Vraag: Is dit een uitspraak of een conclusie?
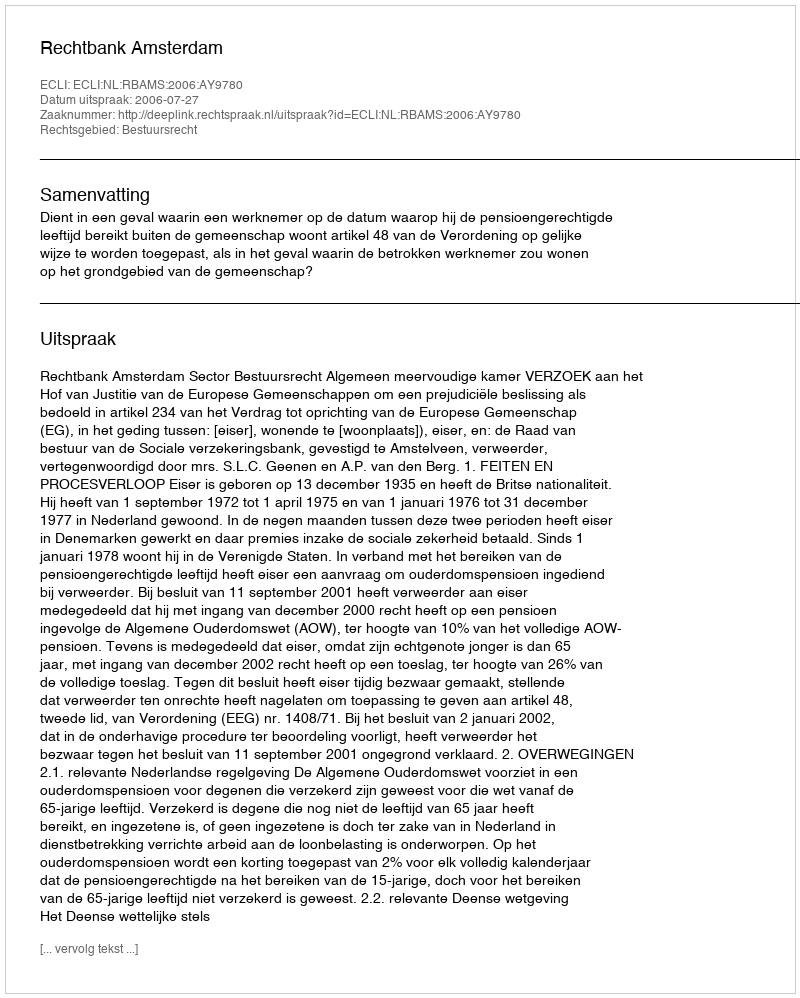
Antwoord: Uitspraak